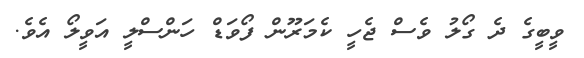
ވީބީގެ ދެ ގޯލު ވެސް ޖެހީ ކެމަރޫން ފޯވަޑް ހަންސްލީ އަވީލޯ އެވެ.